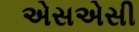
એસએસી